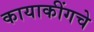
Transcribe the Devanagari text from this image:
कायाकींगचे